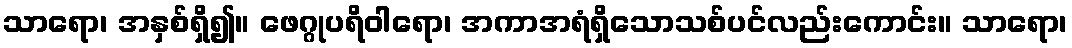
သာရော၊ အနှစ်ရှိ၍။ ဖေဂ္ဂုပရိဝါရော၊ အကာအရံရှိသောသစ်ပင်လည်းကောင်း။ သာရော၊